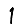
Digit: 1